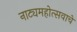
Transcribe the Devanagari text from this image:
नाट्यमहोत्सवाचे